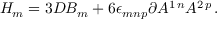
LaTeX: H _ { m } = 3 { \cal D } B _ { m } + 6 \epsilon _ { m n p } \partial A ^ { 1 \, n } A ^ { 2 \, p } \, .